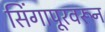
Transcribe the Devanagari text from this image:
सिंगापूरवरून